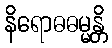
နိရောဓဓမ္မန္တိ